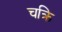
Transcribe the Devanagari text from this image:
चक्रि